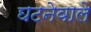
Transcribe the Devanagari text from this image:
घटनेवाले